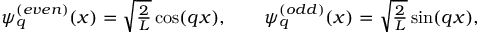
\begin{array} { r } { \psi _ { q } ^ { ( e v e n ) } ( x ) = \sqrt { \frac { 2 } { L } } \cos ( q x ) , \qquad \psi _ { q } ^ { ( o d d ) } ( x ) = \sqrt { \frac { 2 } { L } } \sin ( q x ) , } \end{array}